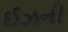
ઈઝની